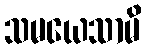
သမယေသာမိ